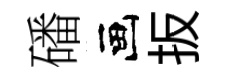
磻画扳